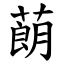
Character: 蓢